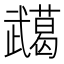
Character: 𭭸